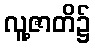
လူ့ဇာတိ၌